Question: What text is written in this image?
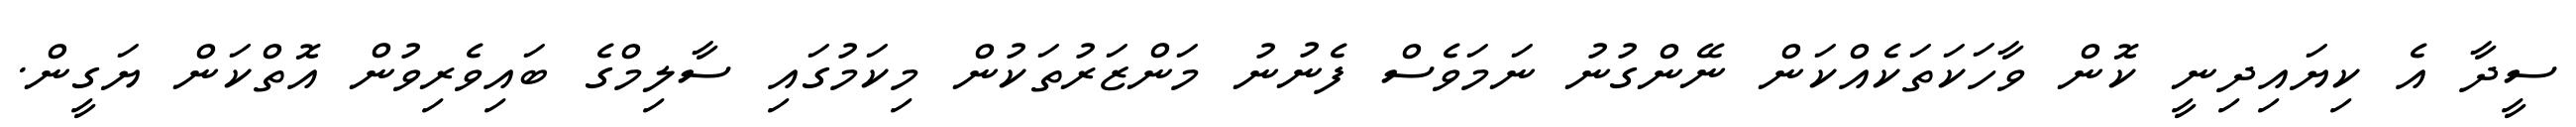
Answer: ސީދާ އެ ކިޔައިދިނީ ކޮން ވާހަކަތަކެއްކަން ނޭންގުނު ނަމަވެސް ފެނުނު މަންޒަރުތަކުން މިކަމުގައި ސާލިމްގެ ބައިވެރިވުން އޮތްކަން ޔަގީން.